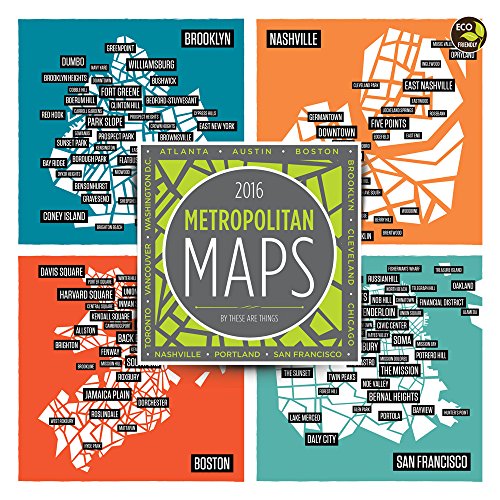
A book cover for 2016 Metropolitan Maps Wall Calendar; These Are Things; Calendars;